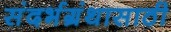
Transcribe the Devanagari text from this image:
संदर्भग्रंथासाठी